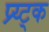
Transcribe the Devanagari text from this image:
प्र्य्ट्क